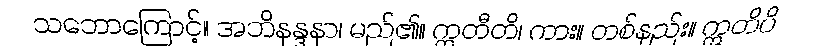
သဘောကြောင့်။ အဘိနန္ဒနာ၊ မည်၏။ ဣတီတိ၊ ကား။ တစ်နည်း။ ဣတိပိ